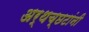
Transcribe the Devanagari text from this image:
अर्थच्‍छटांनी